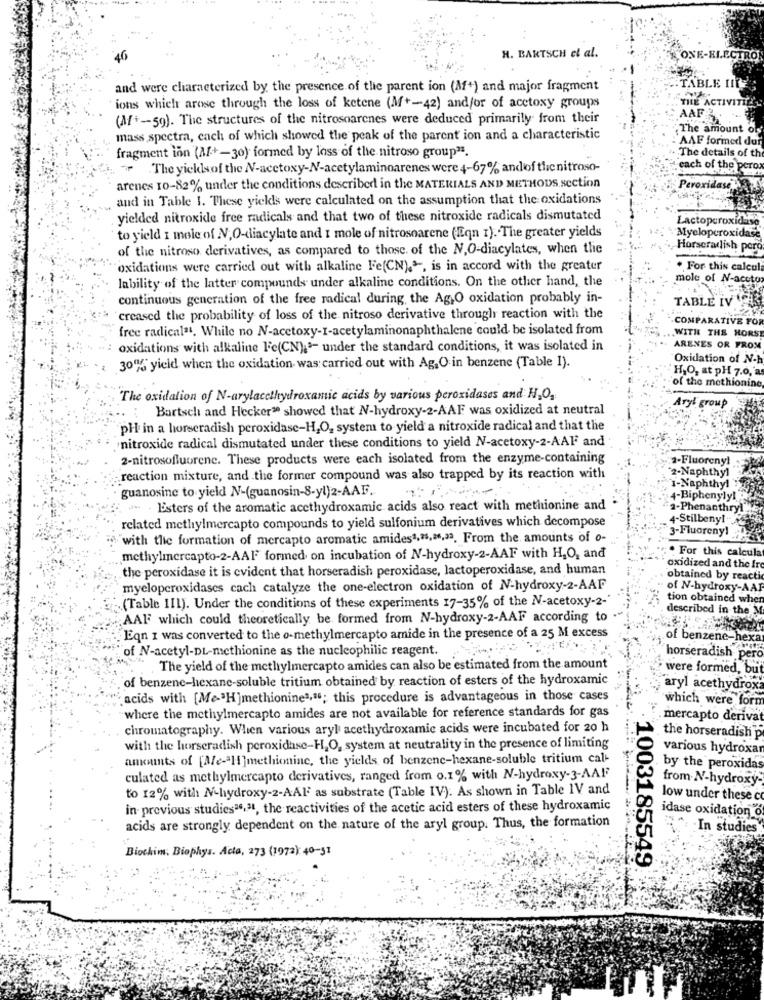
H. BARTSCH el al.
ONE-ELECTRON
and were characterized by the presence of the parent ion (A+) and major fragment
TABLE III
THE A
ions which arose through the loss of ketene (M+-42) and/or of acctoxy groups
(Af+ -- 59). The structures of the nitrosoarenes were deduced primarily from their
AAF
The amount of
mass spectra, cach of which showed the peak of the parent ion and a characteristic
AAF formed dur
fragment ion (A+-30) formed by loss of the nitroso group2.
The details of th
The yieldsof the N-acetoxy-N-acetylaminoarenes were 4-67% andof thenitroso-
.each of the pero
Pero
arenes 10-82% under the conditions described in the MATERIALS AND METHODS section
and in Table I. These yieldls were calculated on the assumption that the oxidations
yielded nitroxide free radicals and that two of these nitroxide radicals dismutated
Lactoperoxidase
to yield 1 mole of NV,O-diacylate and I mole of nitrosoarene ("qn 1). The greater yields
Myeloperoxidase
of the nitroso derivatives, as compared to those of the N,O-diacylates, when the
Horseradish poro
"oxidations were carried out with alkaline Fe(CN).", is in accord with the greater
. For this calcul
lability of the latter compounds under alkaline conditions. On the other hand, the
mole of N-aceto
continuous generation of the free radical during, the Ag,O oxidation probably in-
TABLE IV M
creased the probability of loss of the nitroso derivative through reaction with the
COMPARATIVE FO
free radical"t. While no N-acetoxy-I-acetylaminonaphthalene could be isolated from
WITH THE HORS
oxidations with alkaline Fe(CN);"- under the standard conditions, it was isolated in
ARENES OR FROM
Oxidation of N-
30% yield when the oxidation was carried out with Ag,O in benzene (Table I).
H,O, at pH 7.0, a
of the methionine
The oxidation of N-arylacethydroxamic acids by various peroxidases and H,O.
Aryl group
Bartsch and Hecker" showed that N-hydroxy-2-AAF was oxidized at neutral
pH in a horseradish peroxidase-H,O, system to yield a nitroxide radical and that the
nitroxide radical dismutated under these conditions to yield N-acetoxy-2-AAF and
2-nitrosofluorene. These products were each isolated from the enzyme-containing
:2-Fluorenyl
2-Naphthyl
reaction mixture, and the former compound was also trapped by its reaction with
guanosine to yield N-(guanosin-8-yl)2-AAF
1-Naphthyl
4-BiphenylyL
. . Esters of the aromatic accthydroxamic acids also react with methionine and
2-Phenanthry!"
related methylmercapto compounds to yield sulfonium derivatives which decompose
4-Stilbeny!"
3-Fluorenyl
with the formation of mercapto aromatic amides1,15,6,33. From the amounts of o-
. For this calcula
methylmercapto-2-AAF formed on incubation of N-hydroxy-2-AAF with H,O, and
the peroxidase it is evident that horseradish peroxidase, lactoperoxidase, and human
oxidized and the Ir
obtained by reacti
myeloperoxidases cach catalyze the one-electron oxidation of N-hydroxy-2-AAF
of N-hydroxy-AAI
.(Table III). Under the conditions of these experiments 17-35% of the NV-acetoxy-2-
tion obtained wher
described in the
AAF which could theoretically be formed from N-hydroxy-2-AAF according to
Eqn 1 was converted to the o-methylmercapto amide in the presence of a 25 M excess
of benzene-hex
"of N-acetyl-DL-methionine as the nucleophilic reagent.
horseradish per
. The yield of the methylmercapto amides can also be estimated from the amount
were formed, bu
of benzenc-hexane-soluble tritium obtained by reaction of esters of the hydroxamic
aryl acethydrox
acids with [Me"H]methionine3,"; this procedure is advantageous in those cases
which were form
where the methylmercapto amides are not available for reference standards for gas
mercapto deriva
chromatography. When various aryl acethydroxamic acids were incubated for 20 h
the horseradish p
with the horseradish peroxidase-H,O, system at neutrality in the presence of limiting
various hydroxar
amounts of [Ae-ªH ]methionine, the yields of benzene-hexane-soluble tritium cal-
by the peroxidas
culated as methylmercapto derivatives, ranged from 0.1% with N-hydroxy-3-AAF
from N-hydroxy-
to 12% with N-hydroxy-2-AAI as substrate (Table IV). As shown in Table 1V and
low under these c
in previous studies26.ª1, the reactivities of the acetic acid esters of these hydroxamic
idase oxidation o
acids are strongly dependent on the nature of the aryl group. Thus, the formation
In studies
Biochim, Biophys. Acta, 273 (1972): 40-51
1003185549